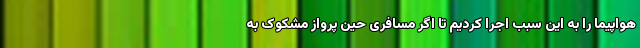
هواپیما را به این سبب اجرا کردیم تا اگر مسافری حین پرواز مشکوک به